Standards of the constituents of the urine and blood and the bearing of the metabolism of Bengalis on the problems of nutrition - Number 34
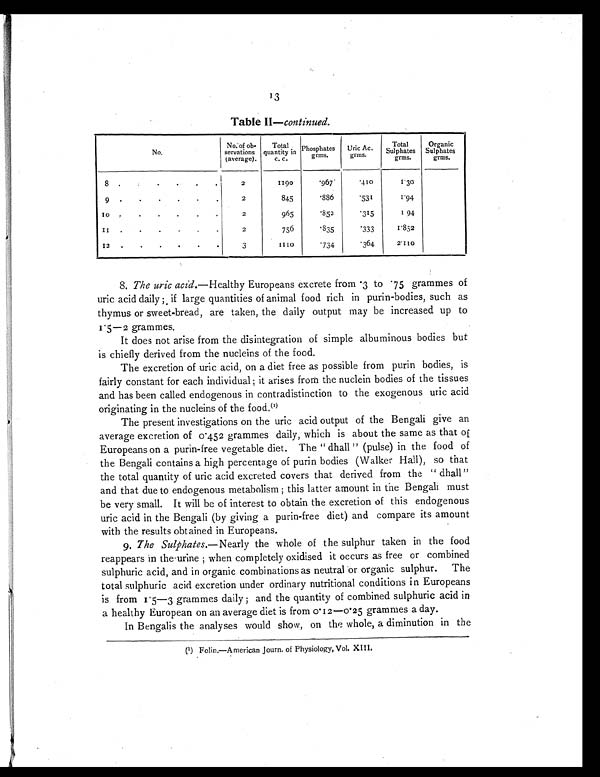
13
Table II—continued.
No.
No. of ob-
servations
(average).
Total
quantity in
c. c.
Phosphates
grms.
Uric Ac.
grms.
Total
Sulphates
grms.
Organic
Sulphates
grms.
8 . . . .
. .
2
1190
.967
.410
1.30
9
. . . .
. .
2
845
.886
.531
1.94
1 0
. . . .
. .
2
965
.852
.315
1.94
1 1
. . . .
. .
2
756
.835
.333
1.852
1 2 . . . .
. .
3
1 1 1 0
.734
.364
2.110
8. The uric acid. —Healthy Europeans excrete from .3 to .75 grammes of
u r i c a c i d d a i l y ; i f l a r g e q u a n t i t i e s o f a n i ma l f o o d r i c h i n p u r i n - b o d i e s , s u c h a s
thymus or sweet-bread, are taken, the daily output may be increased up to
1.5—2 grammes.
It does not arise from the disintegration of simple albuminous bodies but
is chiefly derived from the nucleins of the food.
The excretion of uric acid, on a diet free as possible from purin bodies, is
fairly constant for each individual; it arises from the nuclein bodies of the tissues
and has been called endogenous in contradistinction to the exogenous uric acid
originating in the nucleins of the food. ( 1 )
The present investigations on the uric acid output of the Bengali give an
average excretion of 0.452 grammes daily, which is about the same as that of
Europeans on a purin-free vegetable diet. The " dhall " (pulse) in the food of
the Bengali contains a high percentage of purin bodies (Walker Hall), so that
the total quantity of uric acid excreted covers that derived from the " dhall "
and that due to endogenous metabolism ; this latter amount in the Bengali must
be very small. It will be of interest to obtain the excretion of this endogenous
uric acid in the Bengali (by giving a purin-free diet) and compare its amount
with the results obtained in Europeans.
9.T h e S u l p h a t e s .
— N e a r l y t h e w h o l e o f t h e s u l p h u r t a k e n i n t h e f o o d
reappears in the urine ; when completely oxidised it occurs as free or combined
sulphuric acid, and in organic combinations as neutral or organic sulphur. The
total sulphuric acid excretion under ordinary nutritional conditions in Europeans
is from 1.5—3 grammes daily ; and the quantity of combined sulphuric acid in
a healthy European on an average diet is from 0.12—0.25 grammes a day.
In Bengalis the analyses would show, on the whole, a diminution in the
(1) Folin.—American Journ. of Physiology, Vol. XIII.